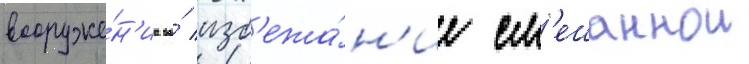
вооруже́н'иа во́ изб'ежа́н'ие см'ешаннои